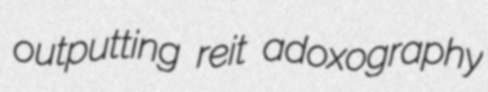
outputting reit adoxography